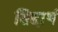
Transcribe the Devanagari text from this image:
सिद्दार्थ